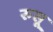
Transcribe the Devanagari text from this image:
रुसू